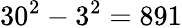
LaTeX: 30^{2}-3^{2}=891